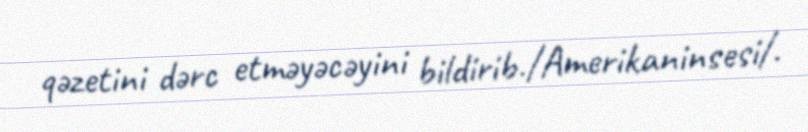
qəzetini dərc etməyəcəyini bildirib./Amerikaninsesi/.